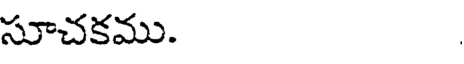
సూచకము.